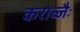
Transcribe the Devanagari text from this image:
कराब्जैः